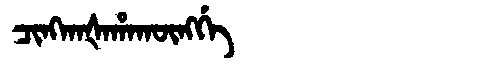
Manchu: ᠴᡳᠩᡴᠠᡧᠠᡥᠠᡴᡡᠩᡤᡝ
Romanization: CINGKAŠAHAKŪNGGE